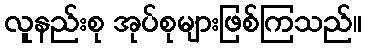
လူနည်းစု အုပ်စုများဖြစ်ကြသည်။